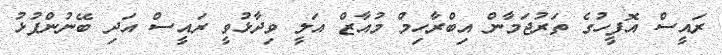
ރައީސް އޮފީހުގެ ތަރުޖަމާން އިބްރާހިމް މުއާޒް އަލީ ވިދާޅުވީ ރައީސް އަދި ބޭނުންފުޅު